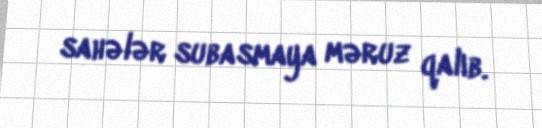
sahələr subasmaya məruz qalıb.